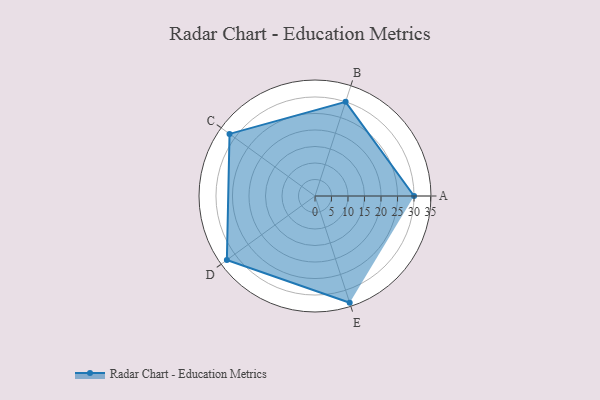
{"axis": {"x": "Skill", "y": "Score"}, "legend": ["Profile"], "data": [{"x": "A", "y": 30.0, "type": "Profile"}, {"x": "B", "y": 30.0, "type": "Profile"}, {"x": "C", "y": 32.0, "type": "Profile"}, {"x": "D", "y": 33.0, "type": "Profile"}, {"x": "E", "y": 34.0, "type": "Profile"}]}